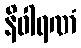
နိဝါရဏံ